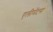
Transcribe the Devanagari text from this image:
एलीमेंटस